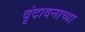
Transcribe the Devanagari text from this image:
वृंदावनाच्या